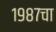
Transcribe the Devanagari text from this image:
१९८७चा